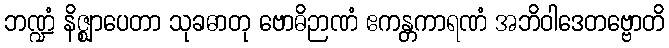
ဘဏ္ဍံ နိဇ္ဈာပေတာ သုခဓာတု ဗောဓိဉာဏံ ဧကန္တကာရဏံ အဘိဝါဒေတဗ္ဗောတိ